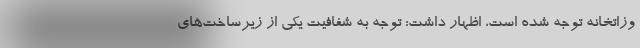
وزاتخانه توجه شده است، اظهار داشت: توجه به شفافیت یکی از زیرساخت‌های